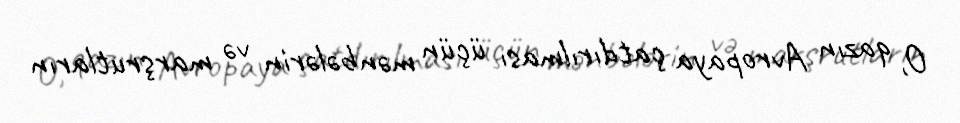
O, qazın Avropaya çatdırılması üçün mənbələrin və marşrutların